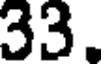
33.